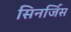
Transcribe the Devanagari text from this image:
सिनर्जिस